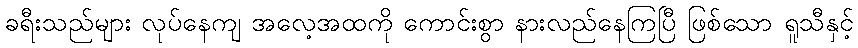
ခရီးသည်များ လုပ်နေကျ အလေ့အထကို ကောင်းစွာ နားလည်နေကြပြီ ဖြစ်သော ရူသီနှင့်